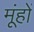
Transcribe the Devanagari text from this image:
मूंहों